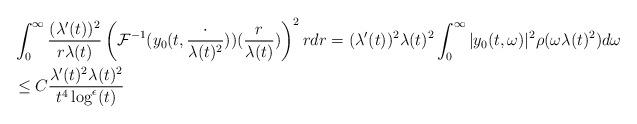
LaTeX: \begin{align*} &\int_{0}^{\infty} \frac{(\lambda'(t))^{2}}{ r \lambda(t)} \left(\mathcal{F}^{-1}(y_{0}(t,\frac{\cdot}{\lambda(t)^{2}}))(\frac{r}{\lambda(t)})\right)^{2} r dr = (\lambda'(t))^{2} \lambda(t)^{2} \int_{0}^{\infty} |y_{0}(t,\omega)|^{2} \rho(\omega \lambda(t)^{2}) d\omega\\&\leq C \frac{\lambda'(t)^{2}\lambda(t)^{2}}{t^{4} \log^{\epsilon}(t)}\end{align*}